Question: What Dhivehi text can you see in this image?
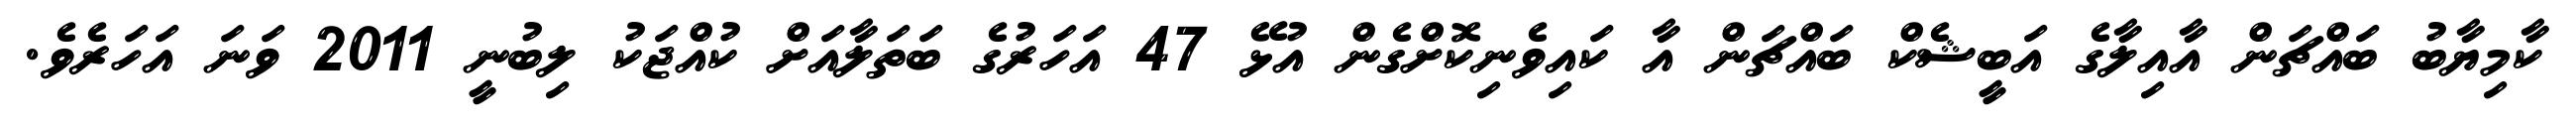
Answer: ކާމިޔާބު ބައްޗަން އާއިލާގެ އަބީޝެކް ބައްޗަން އާ ކައިވެނިކޮށްގެން އުޅޭ 47 އަހަރުގެ ބަތަލާއަށް ކުއްޖަކު ލިބުނީ 2011 ވަނަ އަހަރެވެ.